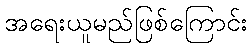
အရေးယူမည်ဖြစ်ကြောင်း